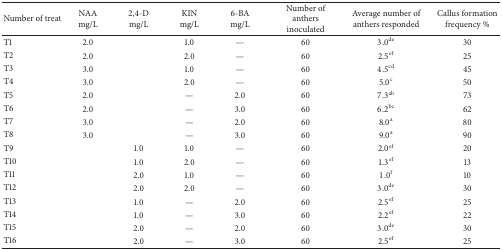
| Number of treat | NAA mg/L | 2,4-D mg/L | KIN mg/L | 6-BA mg/L | Number of anthers inoculated | Average number of anthers responded | Callus formation frequency % |
 | --- | --- | --- | --- | --- | --- | --- | --- |
 | T1 | 2.0 |  | 1.0 | — | 60 | 3.0de | 30 |
 | T2 | 2.0 |  | 2.0 | — | 60 | 2.5ef | 25 |
 | T3 | 3.0 |  | 1.0 | — | 60 | 4.5cd | 45 |
 | T4 | 3.0 |  | 2.0 | — | 60 | 5.0c | 50 |
 | T5 | 2.0 |  | — | 2.0 | 60 | 7.3ab | 73 |
 | T6 | 2.0 |  | — | 3.0 | 60 | 6.2bc | 62 |
 | T7 | 3.0 |  | — | 2.0 | 60 | 8.0a | 80 |
 | T8 | 3.0 |  | — | 3.0 | 60 | 9.0a | 90 |
 | T9 |  | 1.0 | 1.0 | — | 60 | 2.0ef | 20 |
 | T10 |  | 1.0 | 2.0 | — | 60 | 1.3ef | 13 |
 | T11 |  | 2.0 | 1.0 | — | 60 | 1.0f | 10 |
 | T12 |  | 2.0 | 2.0 | — | 60 | 3.0de | 30 |
 | T13 |  | 1.0 | — | 2.0 | 60 | 2.5ef | 25 |
 | T14 |  | 1.0 | — | 3.0 | 60 | 2.2ef | 22 |
 | T15 |  | 2.0 | — | 2.0 | 60 | 3.0de | 30 |
 | T16 |  | 2.0 | — | 3.0 | 60 | 2.5ef | 25 |